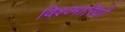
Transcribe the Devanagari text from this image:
विश्व्मारियों